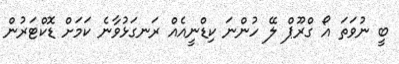
ބީ ނުވަތަ އޯ ގްރޫޕް ލޭ ހުންނަ ކިޑްނީއެއް ރަނގަޅުވާނެ ކަމަށް ޑޮކްޓަރުން